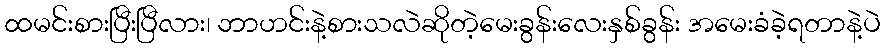
ထမင်းစားပြီးပြီလား၊ ဘာဟင်းနဲ့စားသလဲဆိုတဲ့မေးခွန်းလေးနှစ်ခွန်း အမေးခံခဲ့ရတာနဲ့ပဲ